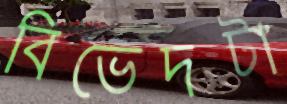
বিভেদটা